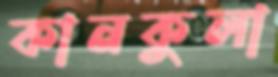
কানকুলা